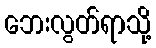
ဘေးလွတ်ရာသို့